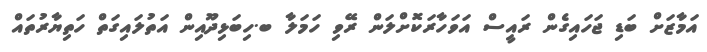
އަމާޒަށް ބަޑި ޖަހައިގެން ރައީސް އަވަހާރަކޮށްލަން ރޭވި ހަމަލާ ބ.ހިބަޅިދޫއިން އަތުލައިގަތް ހަތިޔާރުތައް